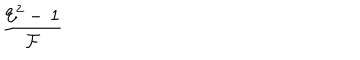
\frac { { \mathcal { E } } ^ { 2 } - \, 1 } { \mathcal { F } }